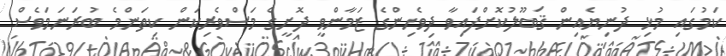
ކަމުގައި މުޅި ދުނިޔެއިން ޤަބޫލުކޮށްފައިވާ ދިވެހިންގެ ޒަމާންވީ ދޮށީގެ މަސްވެރިކަން ކިތަންމެ ބުރަނަމަވެސް